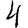
Digit: 4